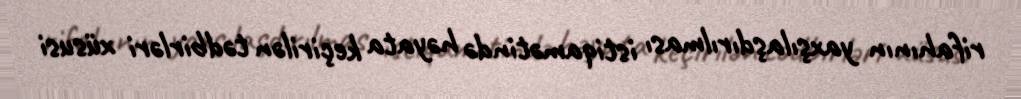
rifahının yaxşılaşdırılması istiqamətində həyata keçirilən tədbirləri xüsusi